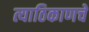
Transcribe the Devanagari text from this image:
त्याठिकाणचे